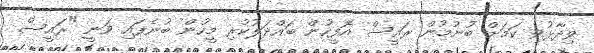
ވިދާޅުވި ކަމަށް ބުނުމުން ރައީސް އޮފީހުން ބައްދަލުކުރި މީހުން ބުނެފައި ވަނީ "ރައީސް